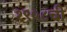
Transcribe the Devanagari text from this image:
१९५८ची